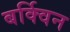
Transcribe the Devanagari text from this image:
बर्क्विन